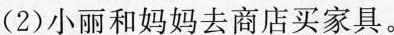
（2）小丽和妈妈去商店买家具。